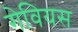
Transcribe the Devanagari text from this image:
गेवियस